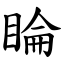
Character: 睔